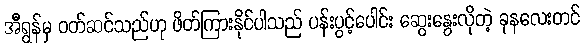
အီရွန်မှ ဝတ်ဆင်သည်ဟု ဖိတ်ကြားနိုင်ပါသည် ပန်းပွင့်ပေါင်း ဆွေးနွေးလိုတဲ့ ခုနလေးတင်